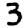
Digit: 3